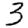
Digit: 3